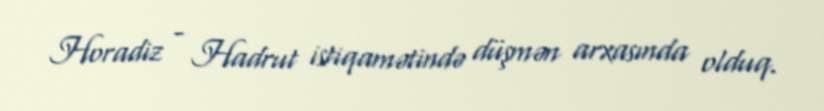
Horadiz - Hadrut istiqamətində düşmən arxasında olduq.